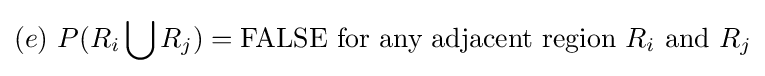
(e){\text{ }}P(R_{i}\bigcup R_{j})=\mathrm {FALSE} {\text{ for any adjacent region }}R_{i}{\text{ and }}R_{j}